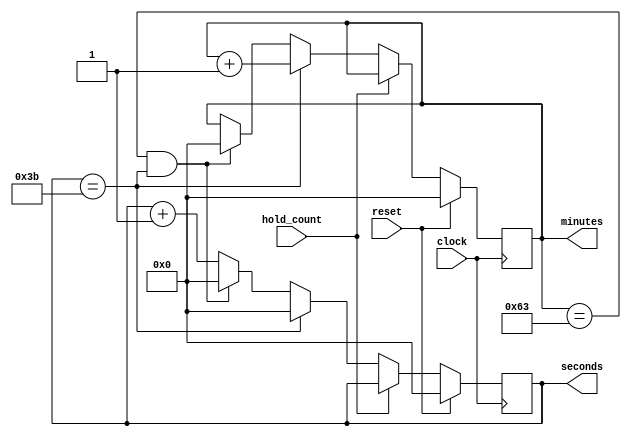
`timescale 1ns / 1ps
//////////////////////////////////////////////////////////////////////////////////
// Company: 
// Engineer: 
// 
// Design Name: 
// Module Name:    time_counter 
// Project Name: 
// Target Devices: 
// Tool versions: 
// Description: 
//
// Dependencies: 
//
// Revision: 
// Revision 0.01 - File Created
// Additional Comments: 
//
//////////////////////////////////////////////////////////////////////////////////

module time_counter(
    input clock,
	input reset,
    input hold_count,
    output reg [6:0] minutes,
    output reg [6:0] seconds
    );
    
    always @(posedge clock)
    begin

        if (reset) // Set minutes and seconds to 0 if reset signal is high
        begin
            minutes <= 0;
            seconds <= 0;
        end
        else
        begin
            if (!hold_count)
            begin

                seconds <= seconds + 1;

                if (minutes == 99 && seconds == 59) // Reset when at 99 minutes, 59 seconds
                begin
                    minutes <= 0;
                    seconds <= 0;
                end

                if (seconds == 59) // Reset seconds counter and add to minute counter every 60 seconds
                begin
                    seconds <= 0;
                    minutes <= minutes + 1;
                end
            end 
        end
    end
endmodule